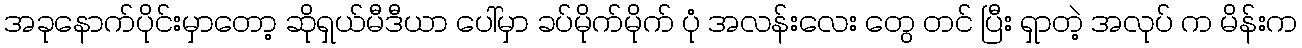
အခုနောက်ပိုင်းမှာတော့ ဆိုရှယ်မီဒီယာ ပေါ်မှာ ခပ်မိုက်မိုက် ပုံ အလန်းလေး တွေ တင် ပြီး ရှာတဲ့ အလုပ် က မိန်းက